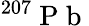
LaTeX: {}^{207}\mathrm{~P~b~}